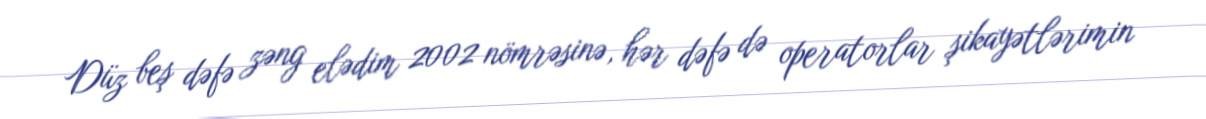
Düz beş dəfə zəng elədim 2002 nömrəsinə, hər dəfə də operatorlar şikayətlərimin